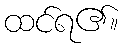
ထင်ရ၏။